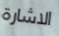
الاشارة